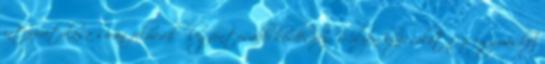
interpretálása során felmerülő legfontosabb kérdéshez: Milyen kapcsolat fűzi egymáshoz